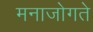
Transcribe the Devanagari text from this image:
मनाजोगते